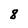
Character: 8